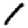
Digit: 1